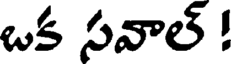
ఒక సవాల్ !